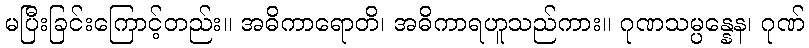
မပြီးခြင်းကြောင့်တည်း။ အဓိကာရောတိ၊ အဓိကာရဟူသည်ကား။ ဂုဏသမ္ပန္နေန၊ ဂုဏ်